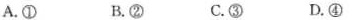
A.① B.② C.③ D.④